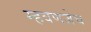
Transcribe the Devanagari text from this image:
म्हवणजेच